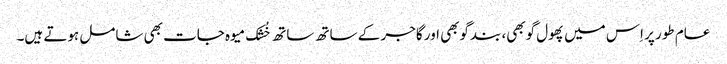
عام طور پر اِس میں پھول گوبھی، بندگوبھی اور گاجر کے ساتھ ساتھ خُشک میوہ جات بھی شامل ہوتے ہیں۔